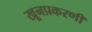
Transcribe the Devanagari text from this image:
खूनप्रकरणी